Report of the Municipal Commissioner on the plague in Bombay for the year ending 31st May... - Volume 1
Disease focus: Plague
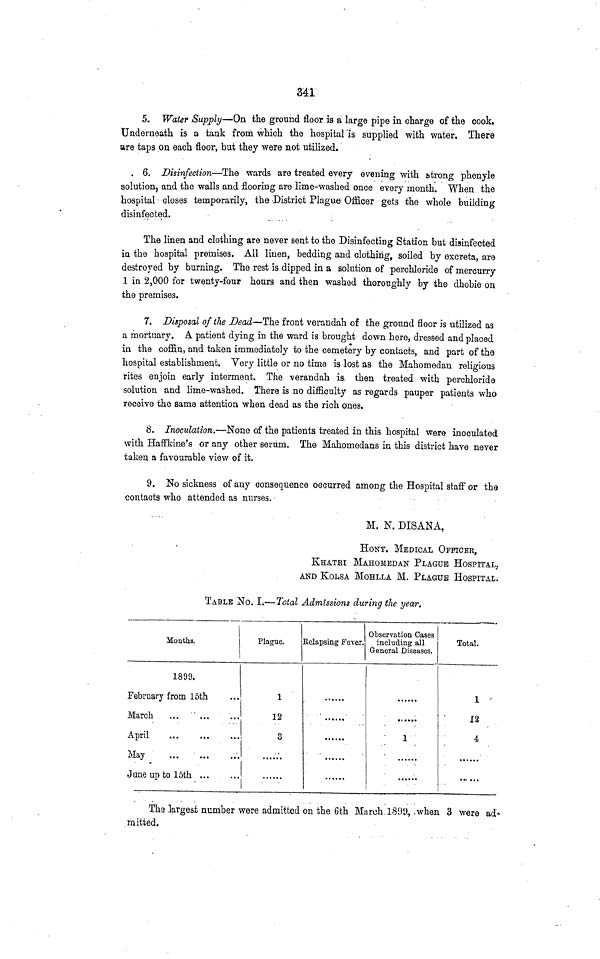
341
5. Water Supply—On the ground floor is a large pipe in charge of the cook.
Underneath is a tank from which the hospital is supplied with water. There
are taps on each floor, but they were not utilized.
6. Disinfection—The wards are treated every evening with strong phenyle
solution, and the walls and flooring are lime-washed once every month. When the
hospital closes temporarily, the -District Plague Officer gets the whole building
disinfected.
The linen and clothing are never sent to the Disinfecting Station but disinfected
in the hospital premises. All linen, bedding and clothing, soiled by excreta, are
destroyed by burning. The rest is dipped in a solution of perchloride of mercurry
1 in 2,000 for twenty-four hours and then washed thoroughly by the dhobie on
the premises.
7. Disposal of the Dead—The front verandah of the ground floor is utilized as
a mortuary. A patient dying in the ward is brought down here, dressed and placed
in the coffin, and taken immediately to the cemetery by contacts, and part of the
hospital establishment. Yery little or no time is lost as the Mahomedan religious
rites enjoin early interment. The verandah is. then treated with perchloride
solution and lime-washed. There is no difficulty as regards pauper patients who
receive the same attention when dead as the rich ones.
8. Inoculation.—Nono of the patients treated in this hospital were inoculated
with Haffkine's or any other serum. The Mahomedans in this district have never
taken a favourable view of it.
9. No sickness of any consequence occurred among the Hospital staff or the
contacts who attended as nurses,
M. N. DISANA,
HONY. MEDICAL OFFICER,
KHATRI MAHOMEDAN PLAGUE HOSPITAL.
AND KOLSA MOHLLA M. PLAGUE HOSPITAL.
TABLE No. I.— Total Admissions during the year.
Months.
1899.
February from 15th
March
April
May
June up to 15th
Plague.
1
12
3
Relapsing Fever.
Observation Cases
including all
General Diseases.
1
Total.
1
12
4
The largest number were admitted on the 6th March. 1899, when 3 were ad-
mitted.